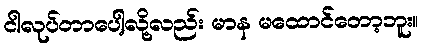
ငါလုပ်တာပေါ့လို့လည်း မာန မထောင်တော့ဘူး။